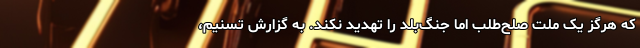
که هرگز یک ملت صلح‌طلب اما جنگ‌بلد را تهدید نکند. به گزارش تسنیم،